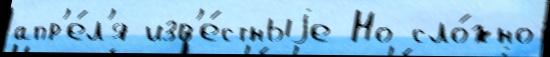
апр'е́л'я изв'е́стныjе Но сло́жно